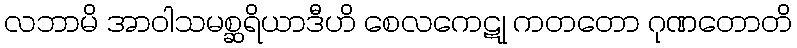
လဘာမိ အာဝါသမစ္ဆရိယာဒီဟိ စေလကေဋု ကတတော ဂုဏတောတိ